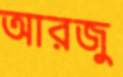
আরজু